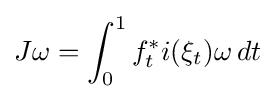
J\omega =\int _{0}^{1}f_{t}^{*}i(\xi _{t})\omega \,dt